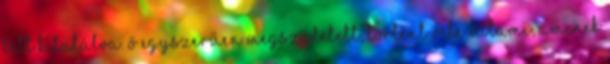
lett kitalálva. Ő egyszerűen megszületett, történt vele valami, aminek